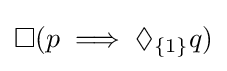
\Box (p\implies \Diamond _{\{1\}}q)